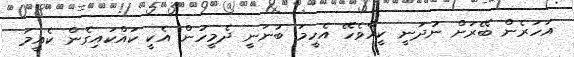
އަހަރެން ބޭރަށް ނުދަނީ ކީއްވެހޭ އެހީމަ ބުނަނީ ދެމީހުން އެކީ ކައްކައިގެން ކެއީމަ